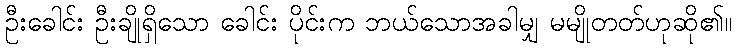
ဦးခေါင်း ဦးချိုရှိသော ခေါင်း ပိုင်းက ဘယ်သောအခါမျှ မမျိုတတ်ဟုဆို၏။